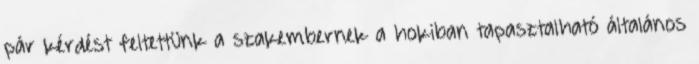
pár kérdést feltettünk a szakembernek a hokiban tapasztalható általános